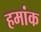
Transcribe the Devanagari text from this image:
हमांक